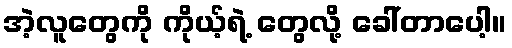
အဲ့လူတွေကို ကိုယ့်ရဲ့ တွေလို့ ခေါ်တာပေါ့။